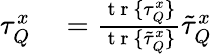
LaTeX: \begin{array}{rl}{\tau_{Q}^{x}}&{{}=\frac{\mathrm{~t~r~}\{ \tau_{Q}^{x}\} }{\mathrm{~t~r~}\{ \tilde{\tau}_{Q}^{x}\} }\tilde{\tau}_{Q}^{x}}\end{array}